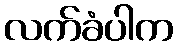
လက်ခံပါက